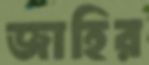
জাহির